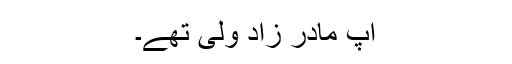
آپ مادر زاد ولی تھے۔